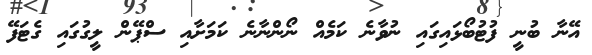
އޭނާ ބުނީ ފުޓުބޯޅައިގައި ނުވާނެ ކަމެއް ނޯންނާނެ ކަމަށާއި ސްޕޭން ލީގުގައި ގެޓަފޭ